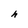
Character: h